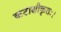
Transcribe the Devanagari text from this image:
कटाक्षीकृतः।